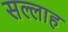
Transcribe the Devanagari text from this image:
सल्लाह